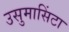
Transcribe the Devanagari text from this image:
उसुमासिंटा